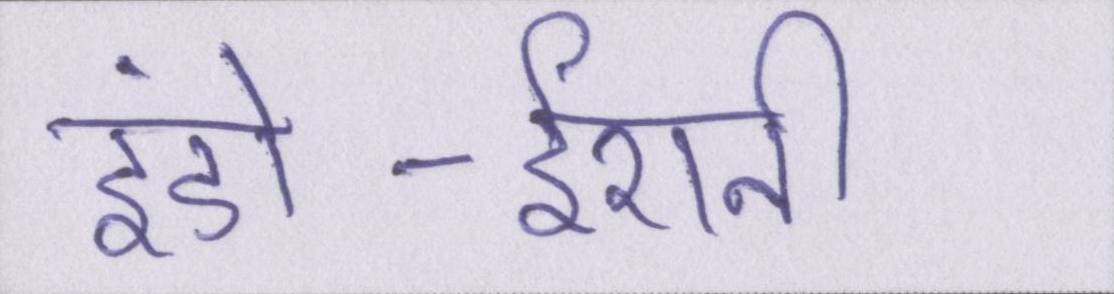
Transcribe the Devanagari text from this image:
इंडो-ईरानी